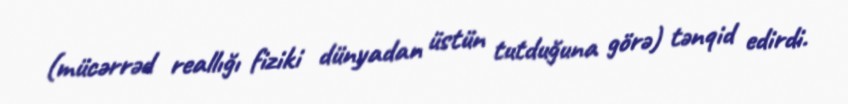
(mücərrəd reallığı fiziki dünyadan üstün tutduğuna görə) tənqid edirdi.